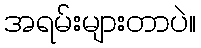
အရမ်းများတာပဲ။